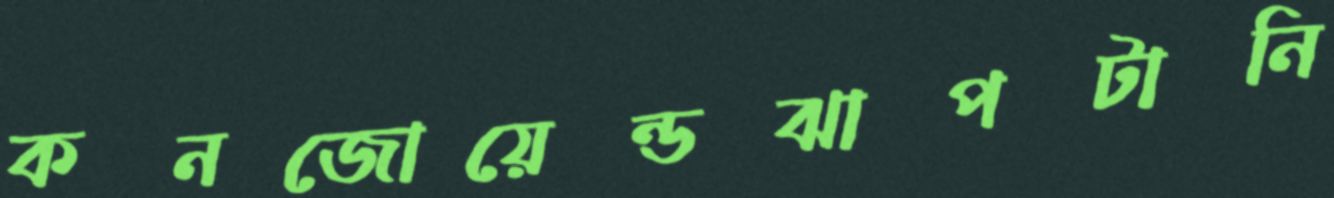
কনজোয়েন্ডঝাপটানি